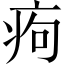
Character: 痀